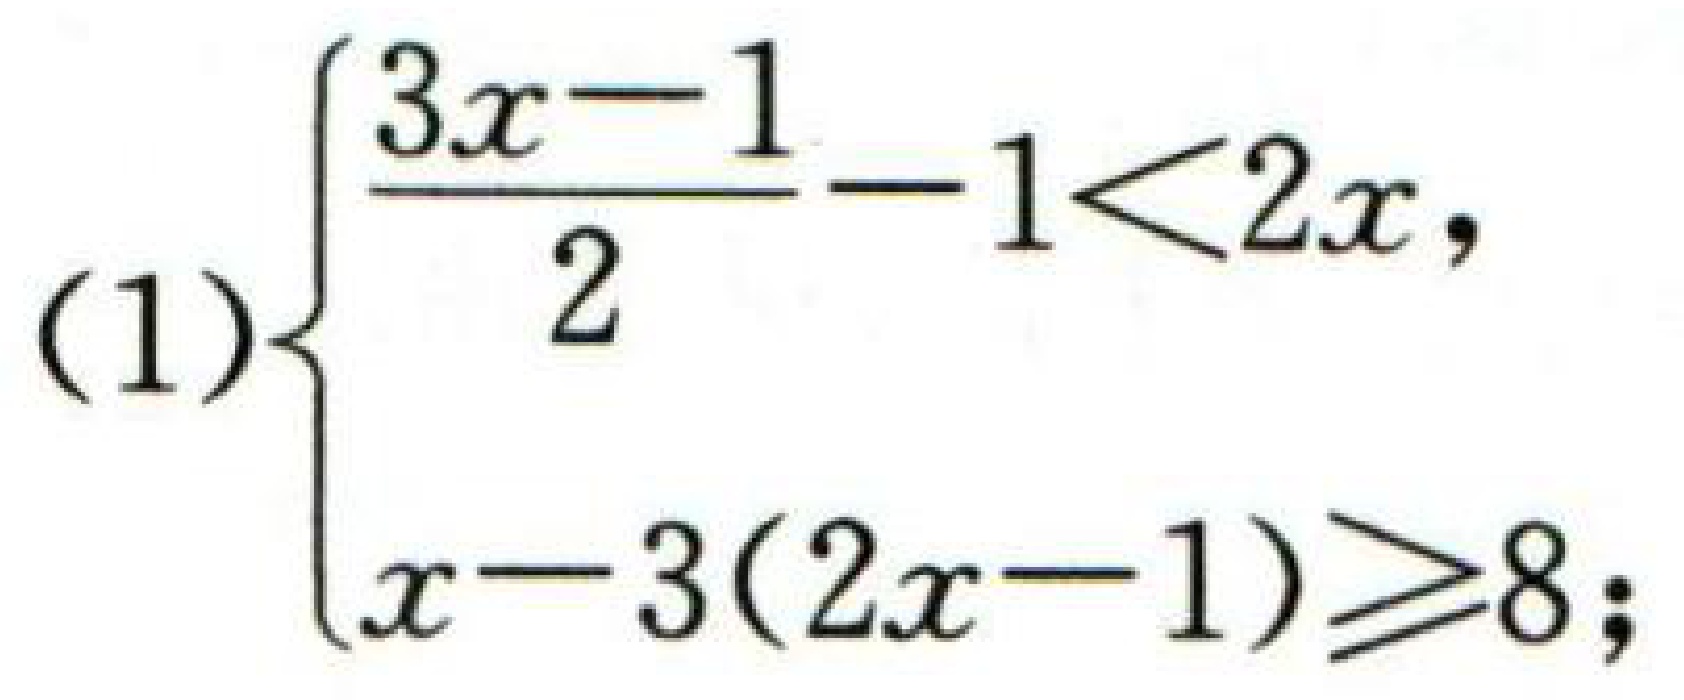
(1)\(\begin{cases}
\frac{3x - 1}{2}-1<2x,\\
x - 3(2x - 1)\geqslant8;
\end{cases}\)